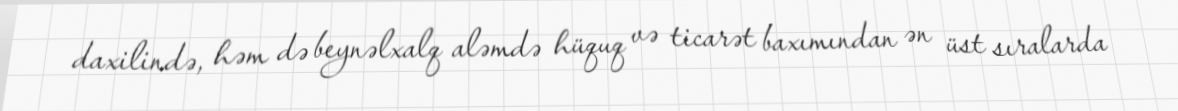
daxilində, həm də beynəlxalq aləmdə hüquq və ticarət baxımından ən üst sıralarda